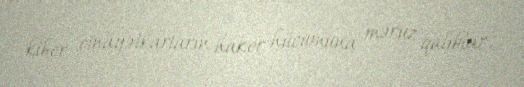
kiber cinayətkarların haker hücumuna məruz qalıblar.